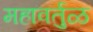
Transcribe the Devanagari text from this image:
महावर्तुळ